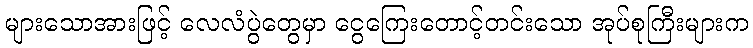
များသောအားဖြင့် လေလံပွဲတွေမှာ ငွေကြေးတောင့်တင်းသော အုပ်စုကြီးများက